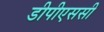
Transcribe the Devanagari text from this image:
डीपीएससी